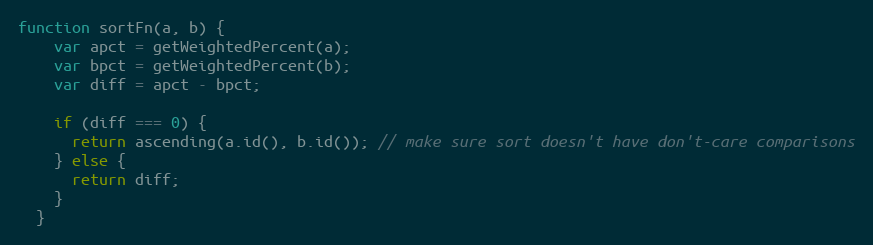
Language: JavaScript
function sortFn(a, b) {
    var apct = getWeightedPercent(a);
    var bpct = getWeightedPercent(b);
    var diff = apct - bpct;

    if (diff === 0) {
      return ascending(a.id(), b.id()); // make sure sort doesn't have don't-care comparisons
    } else {
      return diff;
    }
  }